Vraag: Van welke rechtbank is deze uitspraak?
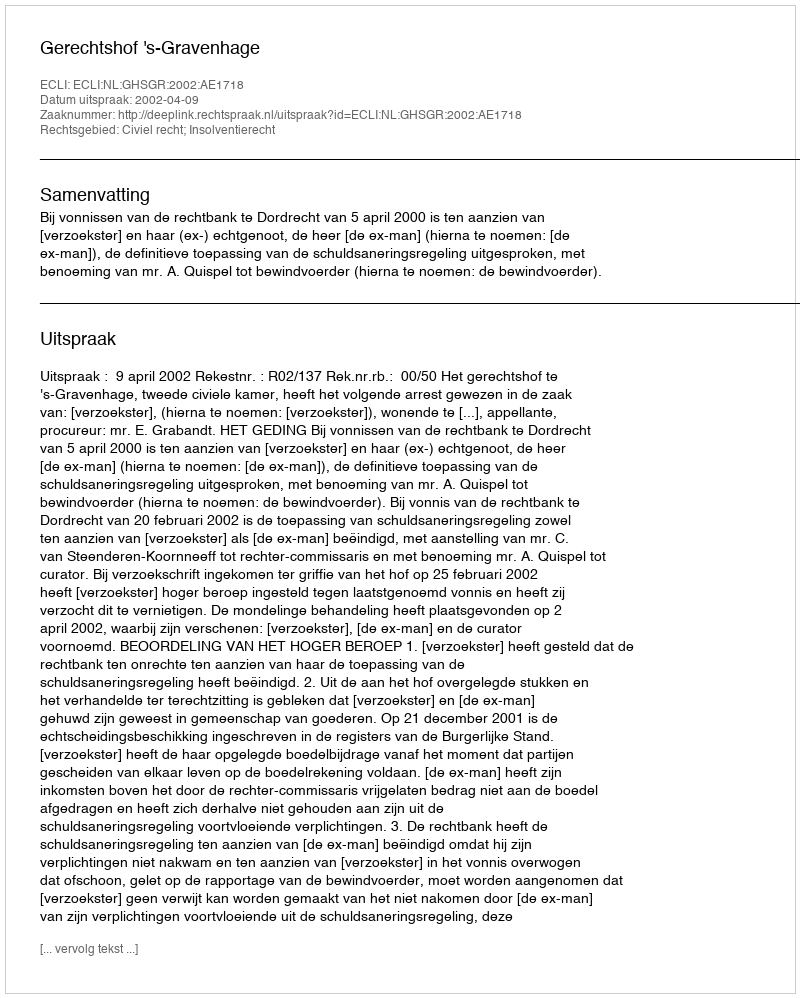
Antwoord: Gerechtshof 's-Gravenhage